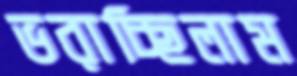
ভরাচ্ছিলাম